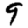
Digit: 9